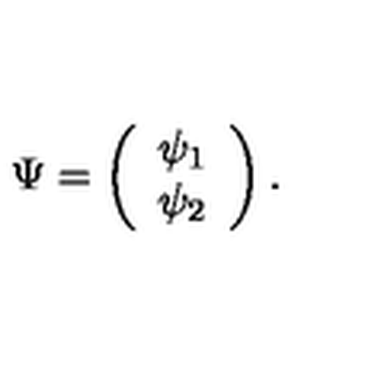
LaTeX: \Psi = \left( \begin{array} { c } { \psi _ { 1 } } \\ { \psi _ { 2 } } \\ \end{array} \right) .